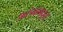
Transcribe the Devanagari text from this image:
आरंभांमधून